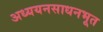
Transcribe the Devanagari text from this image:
अध्ययनसाधनभूत